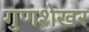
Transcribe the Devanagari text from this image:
गुणशेखर